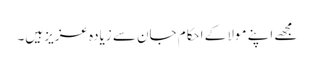
مجھے اپنے مولا کے احکام جان سے زیادہ عزیز ہیں۔